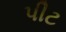
પીટ